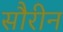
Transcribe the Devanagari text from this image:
सौरीन